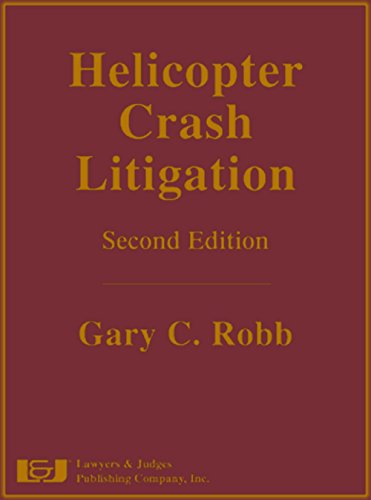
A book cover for Helicopter Crash Litigation, Second Edition; Gary C. Robb; Law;